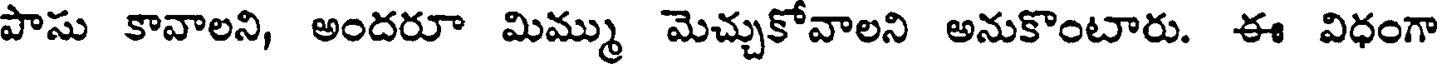
పాసు కావాలని, అందరూ మిమ్ము మెచ్చుకోవాలని అనుకొంటారు. ఈ విధంగా